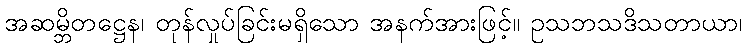
အဆမ္ဘိတဋ္ဌေန၊ တုန်လှုပ်ခြင်းမရှိသော အနက်အားဖြင့်။ ဥသဘသဒိသတာယာ၊